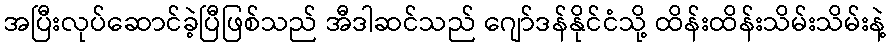
အပြီးလုပ်ဆောင်ခဲ့ပြီဖြစ်သည် အီဒါဆင်သည် ဂျော်ဒန်နိုင်ငံသို့ ထိန်းထိန်းသိမ်းသိမ်းနဲ့